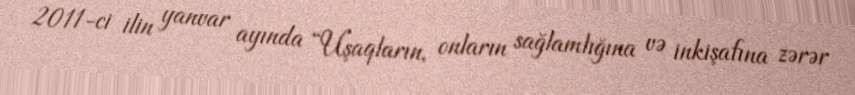
2011-ci ilin yanvar ayında “Uşaqların, onların sağlamlığına və inkişafına zərər